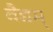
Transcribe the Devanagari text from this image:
वैद्यम्